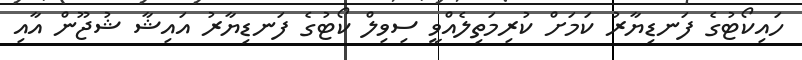
ހައިކޯޓުގެ ފަނޑިޔާރު ކަމަށް ކުރިމަތިލެއްވީ ސިވިލް ކޯޓުގެ ފަނޑިޔާރު އައިޝާ ޝުޖޫން އާއި